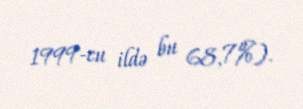
1999-cu ildə bu 68,7%).